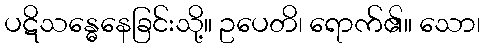
ပဋိသန္ဓေနေခြင်းသို့။ ဥပေတိ၊ ရောက်၏။ သော၊